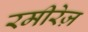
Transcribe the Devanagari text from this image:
रमीरेज़